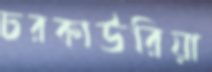
চরকাউরিয়া